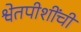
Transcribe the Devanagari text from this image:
श्वेतपीशींची